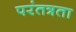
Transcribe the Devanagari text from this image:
परंतत्रता